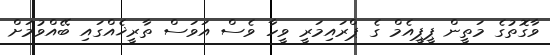
ވާގޮތުގެ މަތީން ޕީޕީއެމް ގެ ޕްރައިމަރީ ވީހާ ވެސް އަވަސް ތާރީޚެއްގައި ބޭއްވުމަށް